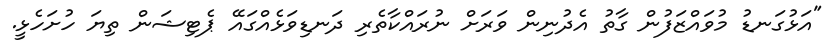
"އަޅުގަނޑު މުވައްޒަފުން ގާތު އެދުނިން ވަރަށް ނުރައްކާތެރި ދަނޑިވަޅެއްގައޭ ޕެޓިޝަން ތިޔަ ހުށަހެޅީ.